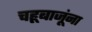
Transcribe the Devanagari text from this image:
चहूबाजूंना